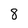
Character: 8